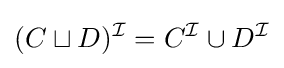
(C\sqcup D)^{\mathcal {I}}=C^{\mathcal {I}}\cup D^{\mathcal {I}}